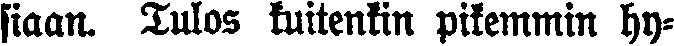
siaan. Tulos kuitenkin pikemmin hy-